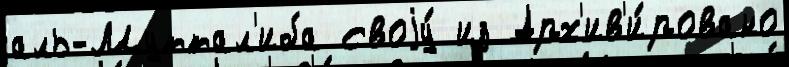
аль-Муттал'иба своjу́ из Арх'ив'и́ровано